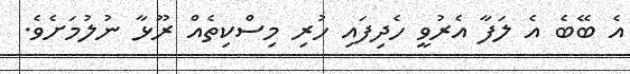
އެ ބޭބެ އެ ލަފާ އެރުވީ ހެދިފައި ހުރި މިސްކިތެއް ރޫޅާ ނުލުމަށެވެ.